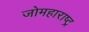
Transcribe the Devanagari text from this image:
जोमहाराष्ट्र